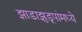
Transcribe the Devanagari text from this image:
झाडाझुडूपांमध्ये